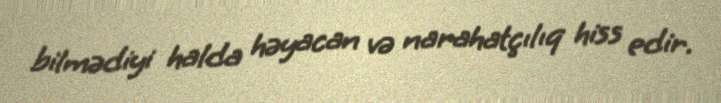
bilmədiyi halda həyacan və narahatçılıq hiss edir.